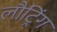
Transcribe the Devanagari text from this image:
लौट्रिंग